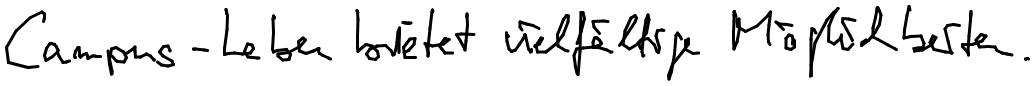
Campus-Leben bietet vielfältige Möglichkeiten.